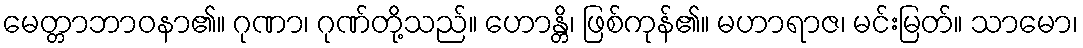
မေတ္တာဘာဝနာ၏။ ဂုဏာ၊ ဂုဏ်တို့သည်။ ဟောန္တိ၊ ဖြစ်ကုန်၏။ မဟာရာဇ၊ မင်းမြတ်။ သာမော၊